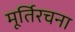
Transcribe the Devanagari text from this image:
मूर्तिरचना